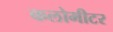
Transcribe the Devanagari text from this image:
कलोमीटर